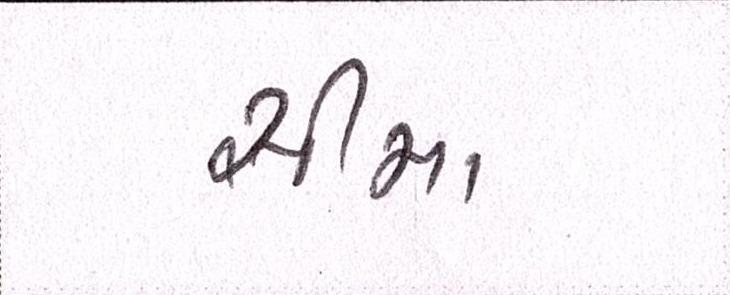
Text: સીમા